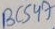
Text: BC547